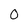
Character: 0